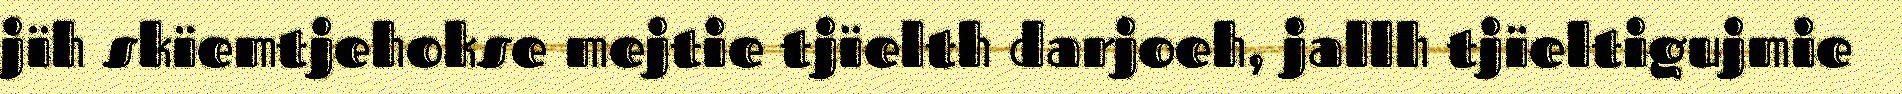
jïh skïemtjehokse mejtie tjïelth darjoeh, jallh tjïeltigujmie